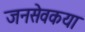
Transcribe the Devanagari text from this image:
जनसेवकया